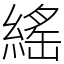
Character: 䌊